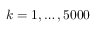
k = 1 , \ldots , 5 0 0 0